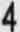
4